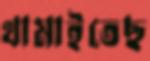
থামাইতেছ